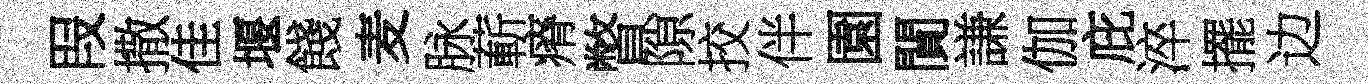
叚撒佳堰餞麦脉蔪瘠瞥隙挍伴園閴謙伽庇淬擺边